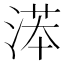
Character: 𣸽